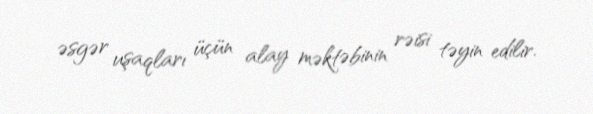
əsgər uşaqları üçün alay məktəbinin rəisi təyin edilir.